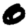
Digit: 0